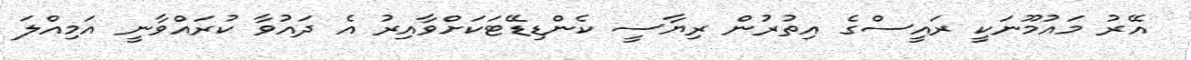
އޭރު މައުމޫނަކީ ރައީސްގެ އިތުރުން ރިޔާސީ ކެންޑިޑޭޓަކަށްވާއިރު އެ ދައުވާ ކުރައްވާނީ އަމިއްލަ